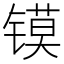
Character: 镆